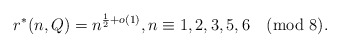
\begin{align*}r^*(n,Q)=n^{\frac{1}{2}+o(1)},n\equiv 1,2,3,5,6\pmod{8}.\end{align*}